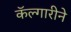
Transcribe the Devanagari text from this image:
कॅल्गारीने